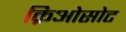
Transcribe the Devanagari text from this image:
क्रिओसोट